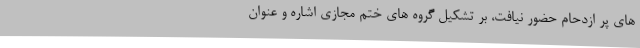
های پر ازدحام حضور نیافت، بر تشکیل گروه های ختم مجازی اشاره و عنوان